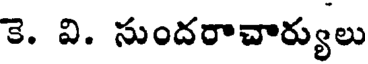
కె. వి. సుందరాచార్యులు